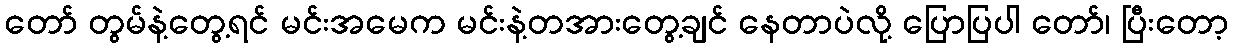
တော် တွမ်နဲ့တွေ့ရင် မင်းအမေက မင်းနဲ့တအားတွေ့ချင် နေတာပဲလို့ ပြောပြပါ တော်၊ ပြီးတော့